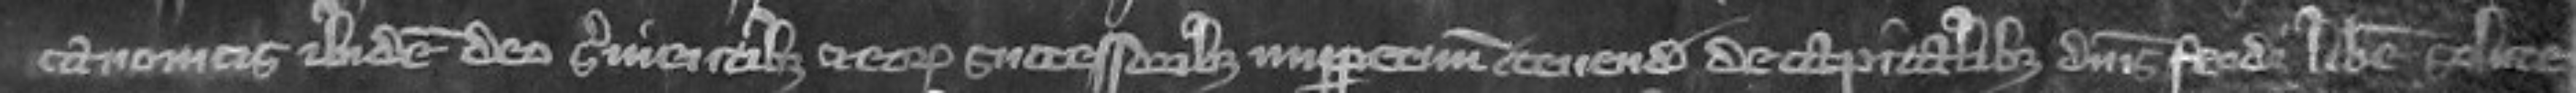
canonicis ibidem deo survientibus et eorum successoribus imperpetuum tenenda de capitalibus dominis feodi libere solute